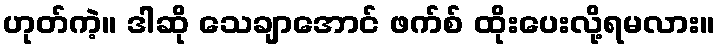
ဟုတ်ကဲ့။ ဒါဆို သေချာအောင် ဖက်စ် ထိုးပေးလို့ရမလား။